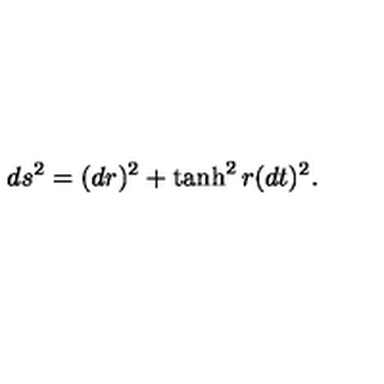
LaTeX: d s ^ { 2 } = ( d r ) ^ { 2 } + \tanh ^ { 2 } r ( d t ) ^ { 2 } .